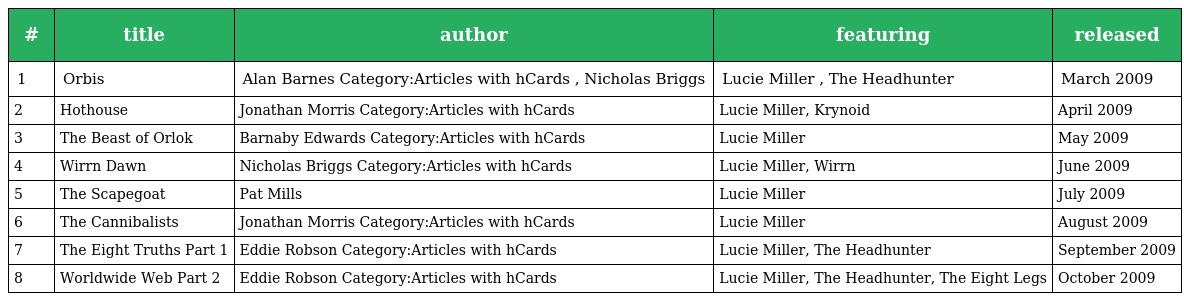
| # | title | author | featuring | released |
 | --- | --- | --- | --- | --- |
 | 1 | Orbis | Alan Barnes Category:Articles with hCards , Nicholas Briggs | Lucie Miller , The Headhunter | March 2009 |
 | 2 | Hothouse | Jonathan Morris Category:Articles with hCards | Lucie Miller, Krynoid | April 2009 |
 | 3 | The Beast of Orlok | Barnaby Edwards Category:Articles with hCards | Lucie Miller | May 2009 |
 | 4 | Wirrn Dawn | Nicholas Briggs Category:Articles with hCards | Lucie Miller, Wirrn | June 2009 |
 | 5 | The Scapegoat | Pat Mills | Lucie Miller | July 2009 |
 | 6 | The Cannibalists | Jonathan Morris Category:Articles with hCards | Lucie Miller | August 2009 |
 | 7 | The Eight Truths Part 1 | Eddie Robson Category:Articles with hCards | Lucie Miller, The Headhunter | September 2009 |
 | 8 | Worldwide Web Part 2 | Eddie Robson Category:Articles with hCards | Lucie Miller, The Headhunter, The Eight Legs | October 2009 |